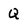
Character: Q